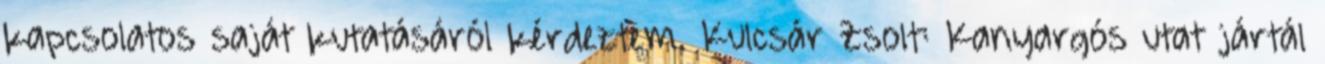
kapcsolatos saját kutatásáról kérdeztem. Kulcsár Zsolt: Kanyargós utat jártál